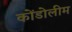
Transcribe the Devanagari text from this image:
कोंडोलीम